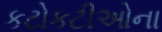
કટોકટીઓના